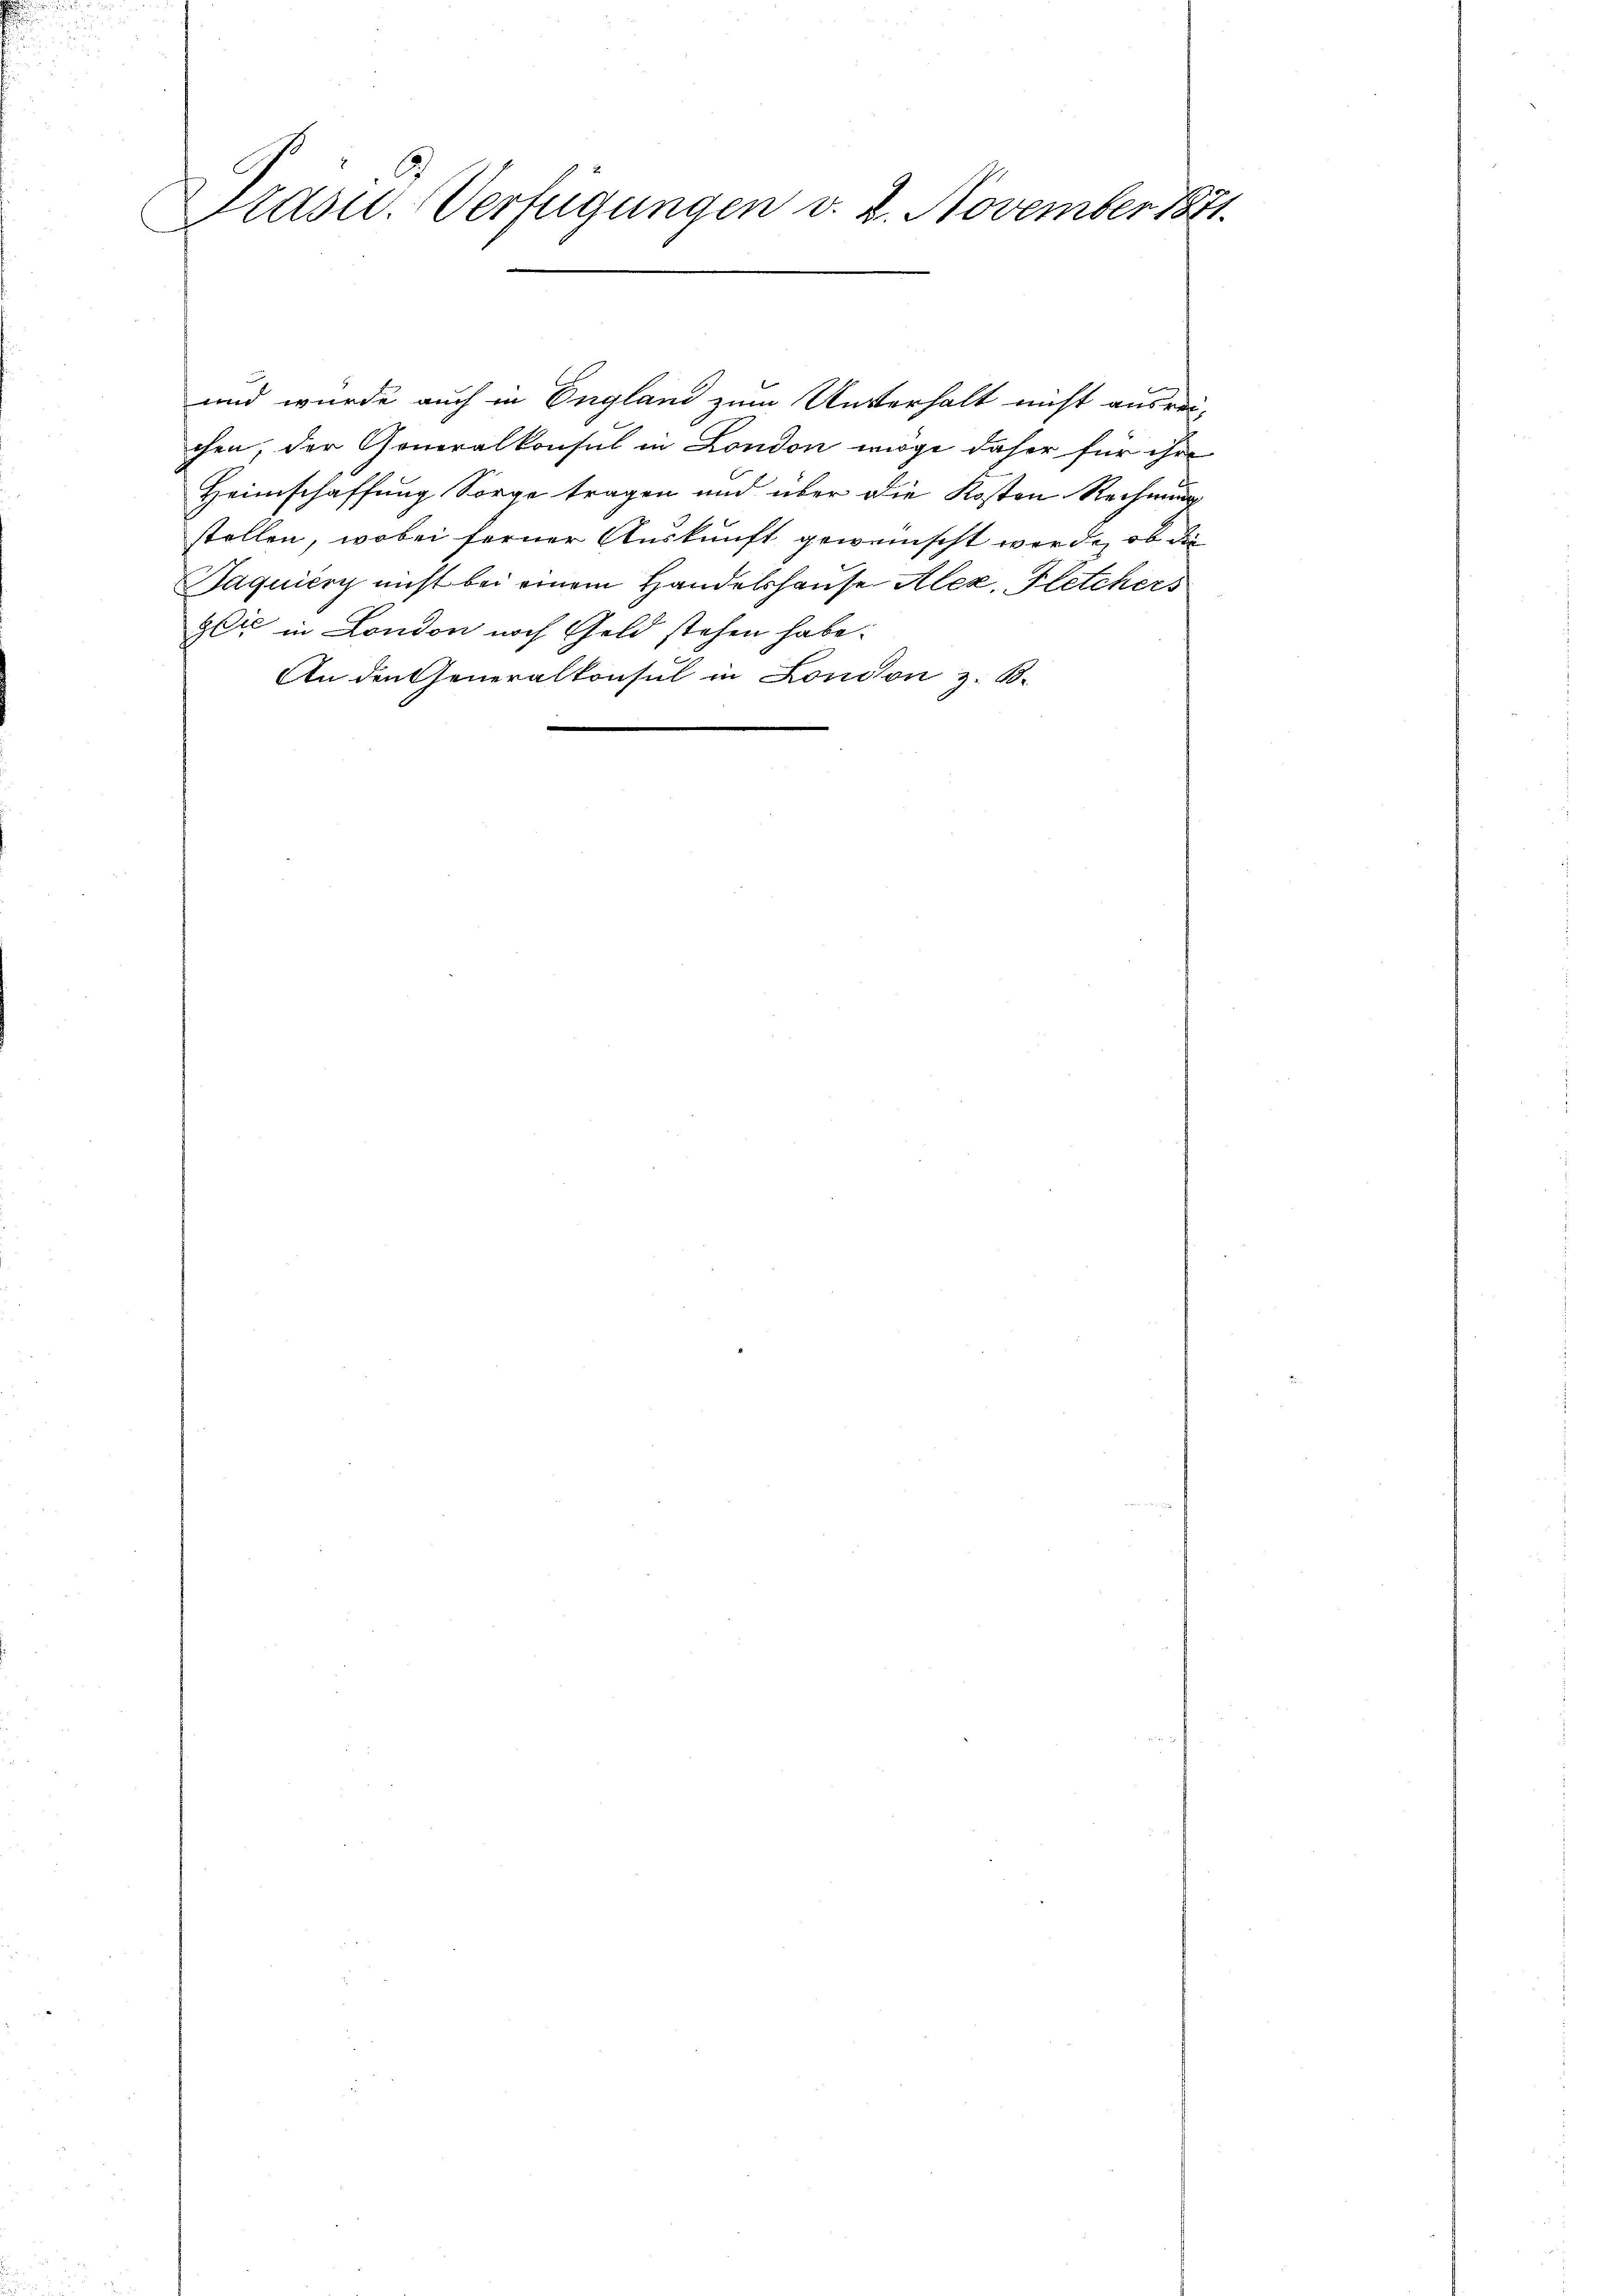
Präsid.. Verfügungen v. 8. November 1871.

und wurde auch in England zum Unterhalt nicht ausrei-
chen, der Generalkonsul in London möge daher für ihre
Heimschaffung Sorge tragen und über die Kosten Rechnung
stellen, wobei ferner Auskunft geweinscht werde, ob die
Jaquiery nicht bei einem Handelshause Alex, Fletchers
Gli in London noch Geld stehen habe.
An den Generalkonsul in London z. B.